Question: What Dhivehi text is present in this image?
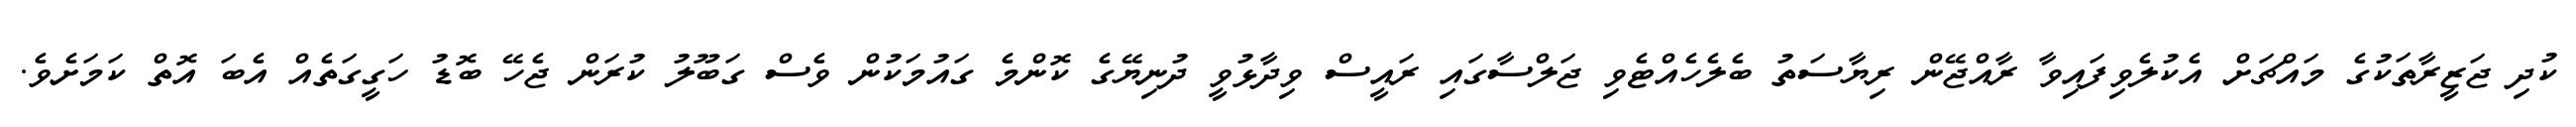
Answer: ކުދި ޖަޒީރާތަކުގެ މައްޗަށް އެކުލެވިފައިވާ ރާއްޖޭން ރިޔާސަތު ބެލެހެއްޓެވި ޖަލްސާގައި ރައީސް ވިދާޅުވީ ދުނިޔޭގެ ކޮންމެ ގައުމަކުން ވެސް ގަބޫލު ކުރަން ޖެހޭ ބޮޑު ހަގީގަތެއް އެބަ އޮތް ކަމަށެވެ.